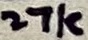
Text: 27k